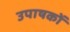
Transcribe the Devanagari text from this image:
उपाषकों